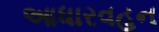
આધારવહન